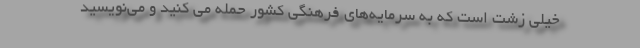
خیلی زشت است که به سرمایه‌های فرهنگی کشور حمله می کنید و می‌نویسید